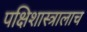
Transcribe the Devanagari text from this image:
पक्षिशास्त्रालाच